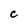
Character: c